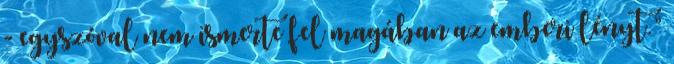
- egyszóval nem ismerte fel ma­gá­ban az emberi lényt.”